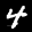
Label: 4